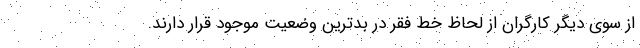
از سوی دیگر کارگران از لحاظ خط فقر در بدترین وضعیت موجود قرار دارند.